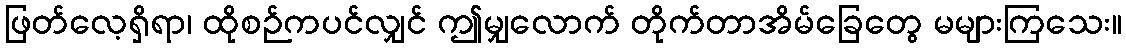
ဖြတ်လေ့ရှိရာ၊ ထိုစဉ်ကပင်လျှင် ဤမျှလောက် တိုက်တာအိမ်ခြေတွေ မများကြသေး။